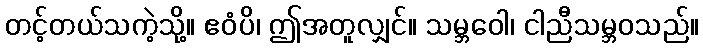
တင့်တယ်သကဲ့သို့။ ဧဝံပိ၊ ဤအတူလျှင်။ သမ္ဘဝေါ၊ ငါညီသမ္ဘဝသည်။